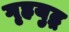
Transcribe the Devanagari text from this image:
गृहयुद्ध